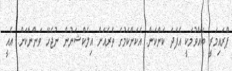
ޕްރައިމަރީ ބޭއްވުމަކީ އެފަދަ ކަންކަން. އެކަންކަމުގެ ތެރެއަށް އިލެކްޝަނުން ނުޖެހޭ ވަންނާކަށް. އެއީ